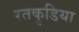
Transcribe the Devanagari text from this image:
रतकुडिया